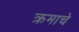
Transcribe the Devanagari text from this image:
क्रमाचे